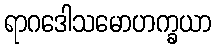
ရာဂဒေါသမောဟက္ခယာ